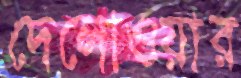
দেলোওয়ার